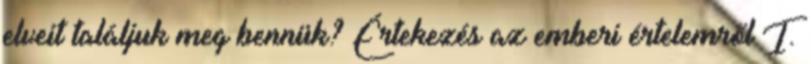
elveit találjuk meg bennük? Értekezés az emberi értelemről I.